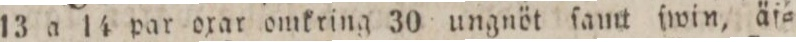
13 a 14 par oxar omkring 30 ungnöt ſamt ſwin, äf=